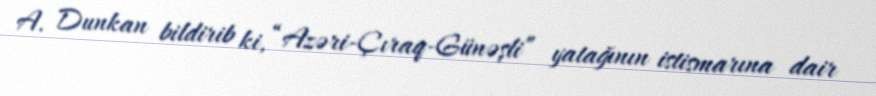
A. Dunkan bildirib ki, “Azəri-Çıraq-Günəşli” yatağının istismarına dair